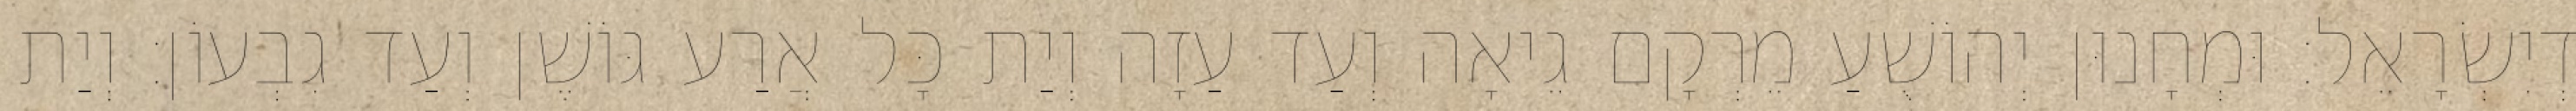
דְיִשְׂרָאֵל׃ וּמְחָנוּן יְהוֹשֻׁעַ מֵרְקָם גֵיאָה וְעַד עַזָה וְיַת כָּל אֲרַע גּוֹשֶׁן וְעַד גִבְעוֹן׃ וְיַת